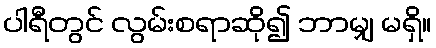
ပါရီတွင် လွမ်းစရာဆို၍ ဘာမျှ မရှိ။